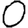
Digit: 0